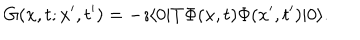
LaTeX: G ( x , t ; x ^ { \prime } , t ^ { \prime } ) = - \imath \langle 0 | T \Phi ( x , t ) \Phi ( x ^ { \prime } , t ^ { \prime } ) | 0 \rangle .